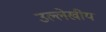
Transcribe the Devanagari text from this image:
उल्लेखीय